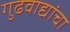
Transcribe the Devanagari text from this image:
गुढवाद्यांचा